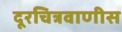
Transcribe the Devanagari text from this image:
दूरचित्रवाणीस